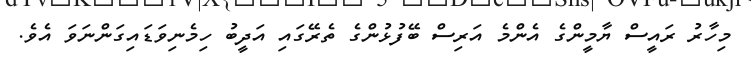
މިހާރު ރައީސް ޔާމީންގެ އެންމެ އަރިސް ބޭފުޅުންގެ ތެރޭގައި އަދީބު ހިމެނިވަޑައިގަންނަވަ އެވެ.